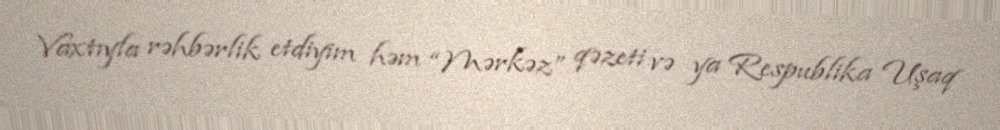
Vaxtıyla rəhbərlik etdiyim həm “Mərkəz” qəzeti və ya Respublika Uşaq